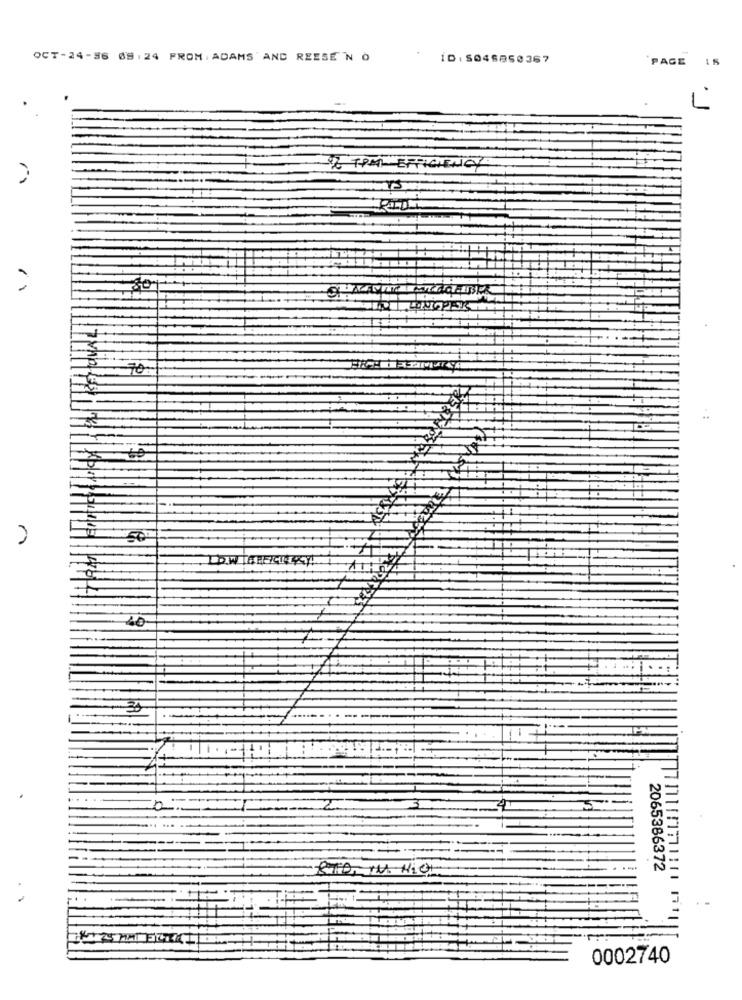
OCT-24-56 09:24 FROM: ADAMS' AND REESE N O
ID: 5046850367
PAGE 15
L'
& TRAL EFFICIENCY
SPISS
n
2065386372
-
0002740